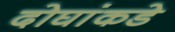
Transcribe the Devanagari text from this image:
दोघांकडे